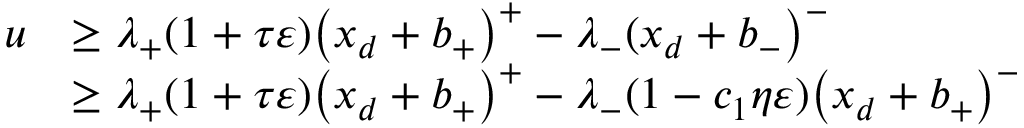
\begin{array} { r l } { u } & { \ge \lambda _ { + } ( 1 + \tau \varepsilon ) \bigl ( x _ { d } + b _ { + } \bigr ) ^ { + } - \lambda _ { - } ( x _ { d } + b _ { - } \bigr ) ^ { - } } \\ & { \ge \lambda _ { + } ( 1 + \tau \varepsilon ) \bigl ( x _ { d } + b _ { + } \bigr ) ^ { + } - \lambda _ { - } ( 1 - c _ { 1 } \eta \varepsilon ) \bigl ( x _ { d } + b _ { + } \bigr ) ^ { - } } \end{array}